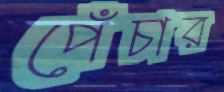
পেঁচার